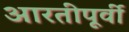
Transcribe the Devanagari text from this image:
आरतीपूर्वी